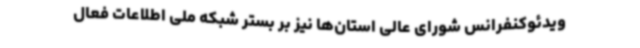
ویدئوکنفرانس شورای عالی استان‌ها نیز بر بستر شبکه ملی اطلاعات فعال